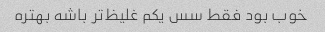
خوب بود فقط سس یکم غلیظ‌تر باشه بهتره